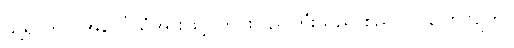
သို့ရာတွင် အပေါ်ယံအားဖြင့် တိုင်းပြည်ကြီးသည် စည်ပင်ဝပြောလျက်။